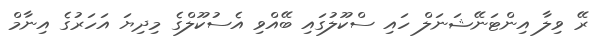
ރޭ ވިލާ އިންޓަނޭޝަނަލް ހައި ސްކޫލުގައި ބޭއްވި އެސުކޫލްގެ މިދިޔަ އަހަރުގެ އިނާމް